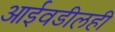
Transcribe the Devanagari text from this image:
आईवडीलही